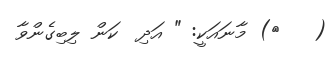
(   ٣) މާނައަކީ: " އަދި  ކަން ލިބިގެންވާ